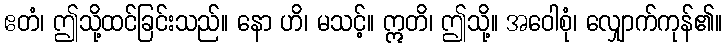
ဧတံ၊ ဤသို့ထင်ခြင်းသည်။ နော ဟိ၊ မသင့်။ ဣတိ၊ ဤသို့။ အဝေါစုံ၊ လျှောက်ကုန်၏။